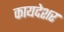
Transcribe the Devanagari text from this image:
कायदेशर